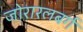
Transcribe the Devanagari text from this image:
जोरारलबर्ग